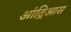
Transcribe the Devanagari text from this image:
आंद्रिआस